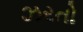
ઝરતો